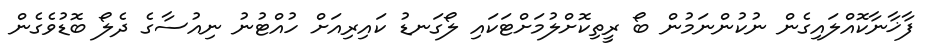
ފާޚާނާކޮއްލައިގެން ނުކުންނަމުން ބޯ ރީތިކޮށްލުމަށްޓަކައި ލޯގަނޑު ކައިރިއަށް ހުއްޓުނު ނިއުސާގެ ދެލޯ ބޮޑުވެގެން